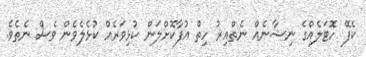
ކެފޭ ހޮޓަލެއްގެ ނިޝާނެއް ނެތްއިރު ހިތް އުފާކޮށްލަން ކުޅިވަރެއް ކުޅެލެވެން ވެސް ނެތެވެ.